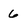
Character: 6